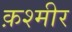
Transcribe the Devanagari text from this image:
क़श्मीर